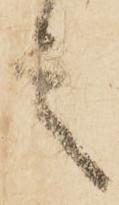
言